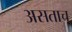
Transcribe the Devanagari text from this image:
असताच